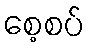
စေ့စပ်